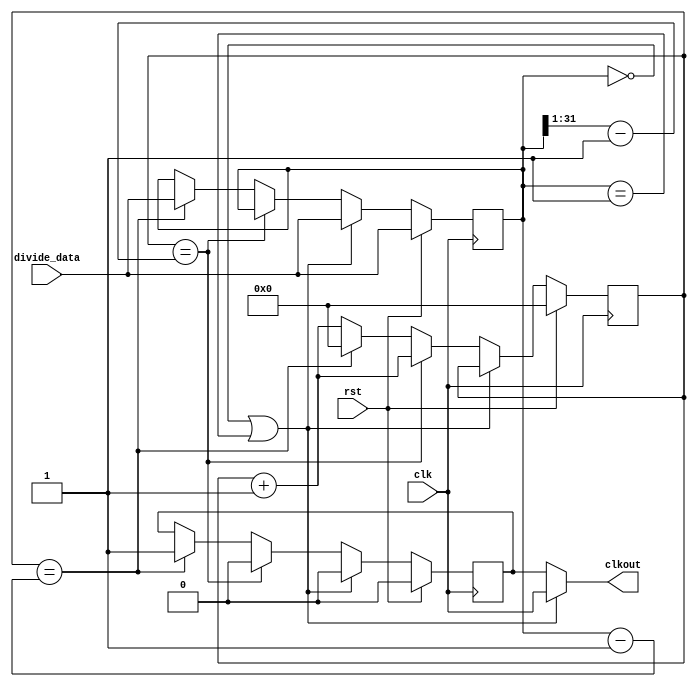
// Module Function
 
module freq_divider ( 
        input 	              clk,
        input           	  rst,
		  input  wire  [31:0]  divide_data,
        output wire	        clkout
		);
 
   reg  [31:0]  divide_data_reg;
	reg  [31:0]  divider_counter;
   reg          r_clkout;
	
	always @ (posedge clk)                                             
		begin
			if(rst)
			  begin
			      divide_data_reg  <= divide_data;
			      divider_counter  <= 0;
				   r_clkout         <= 0;
			   end
			else
   			if (divide_data_reg == 32'h00000000 || divide_data_reg == 32'h00000001)
			      begin
					   divide_data_reg <= divide_data;
						r_clkout        <= 0;
					end
			   else
				   if (divider_counter == {1'b0,divide_data_reg[31:1]} - 1)
			         begin
			            r_clkout        <= 0;
				         divider_counter <= divider_counter + 1;
				      end
			      else if (divider_counter == divide_data_reg - 1)
			         begin
			            divide_data_reg <= divide_data;
							r_clkout        <= 1;
                     divider_counter <= 0;
                  end						
               else				  
			         divider_counter <= divider_counter + 1;
		end
   
	assign  clkout = (divide_data_reg == 32'h00000000 || divide_data_reg == 32'h00000001) ? clk : r_clkout;
	
endmodule